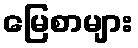
မြေစာများ